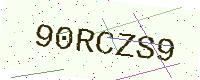
Text: 90RCZS9